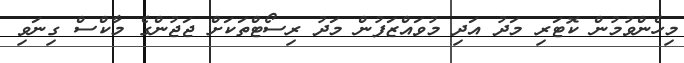
މިހެންވުމުން ކޮޓަރި މަދު އަދި މުވައްޒަފުން މަދު ރިސޯޓްތަކަށް ޖަޖުންގެ މާކްސް ގިނަވި